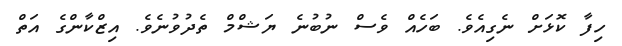
ހިފާ ކޮޅަށް ނެގިއެވެ. ބަހެއް ވެސް ނުބުނެ ޔަޝްމް ތެދުވުނެވެ. އިޒްކާންގެ އަތް